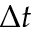
\Delta t